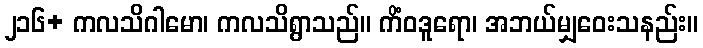
၂၁၆+ ကလသိဂါမော၊ ကလသိရွာသည်။ ကိံဝဒူရော၊ အဘယ်မျှဝေးသနည်း။